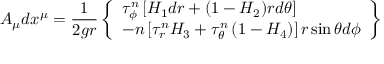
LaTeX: A _ { \mu } d x ^ { \mu } = \frac { 1 } { 2 g r } \left\{ \begin{array} { l } { { \displaystyle { \tau _ { \phi } ^ { n } \left[ H _ { 1 } d r + ( 1 - H _ { 2 } ) r d \theta \right] } } } \\ { { \displaystyle { - n \left[ \tau _ { r } ^ { n } H _ { 3 } + \tau _ { \theta } ^ { n } \left( 1 - H _ { 4 } \right) \right] r \sin \theta d \phi } } } \end{array} \right\}